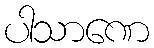
ပါသာဏေ